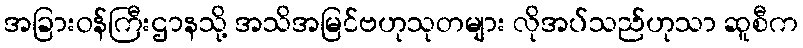
အခြားဝန်ကြီးဌာနသို့ အသိအမြင်ဗဟုသုတများ လိုအပ်သည်ဟုသာ ဆူစီက